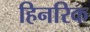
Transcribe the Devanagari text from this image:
हिनरिक